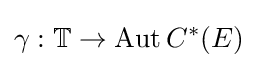
\gamma :\mathbb {T} \to \operatorname {Aut} C^{*}(E)